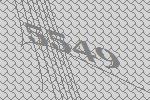
5549